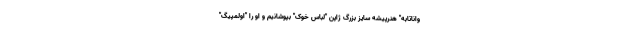
واناتابه" هنرپیشه سایز بزرگ ژاپن "لباس خوک" بپوشانیم و او را "اولمپیگ"